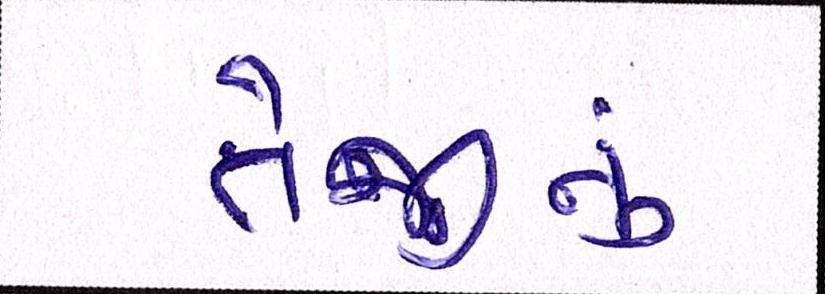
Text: તેજીનું